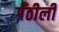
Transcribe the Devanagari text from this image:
गँठीली